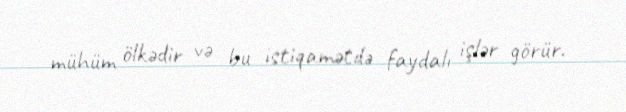
mühüm ölkədir və bu istiqamətdə faydalı işlər görür.